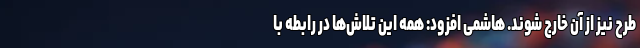
طرح نیز از آن خارج شوند. هاشمی افزود: همه این تلاش‌ها در رابطه با